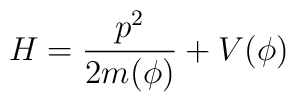
H = \frac {p^2}{2m(\phi)} + V(\phi)